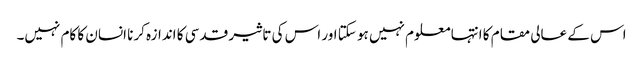
اس کے عالی مقام کا انتہا معلوم نہیں ہو سکتا اور اس کی تاثیر قدسی کا اندازہ کرنا انسان کا کام نہیں۔